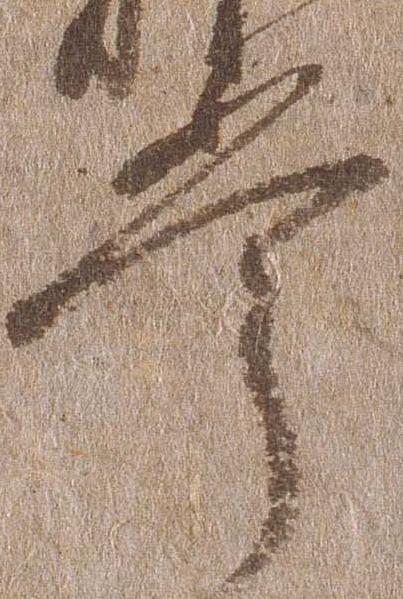
掌